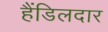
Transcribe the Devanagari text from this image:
हैंडिलदार